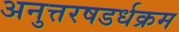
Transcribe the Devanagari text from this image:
अनुत्तरषडर्धक्रम